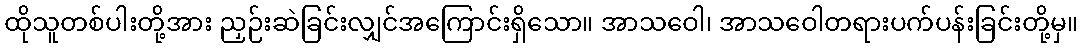
ထိုသူတစ်ပါးတို့အား ညှဉ်းဆဲခြင်းလျှင်အကြောင်းရှိသော။ အာသဝေါ၊ အာသဝေါတရားပက်ပန်းခြင်းတို့မှ။